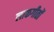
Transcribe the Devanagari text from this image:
लाकगीतों